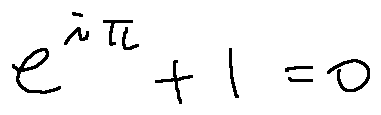
e ^ { i \pi } + 1 = 0